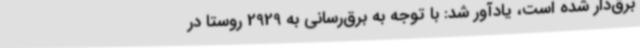
برق‌دار شده است، یادآور شد: با توجه به برق‌رسانی به 2929 روستا در